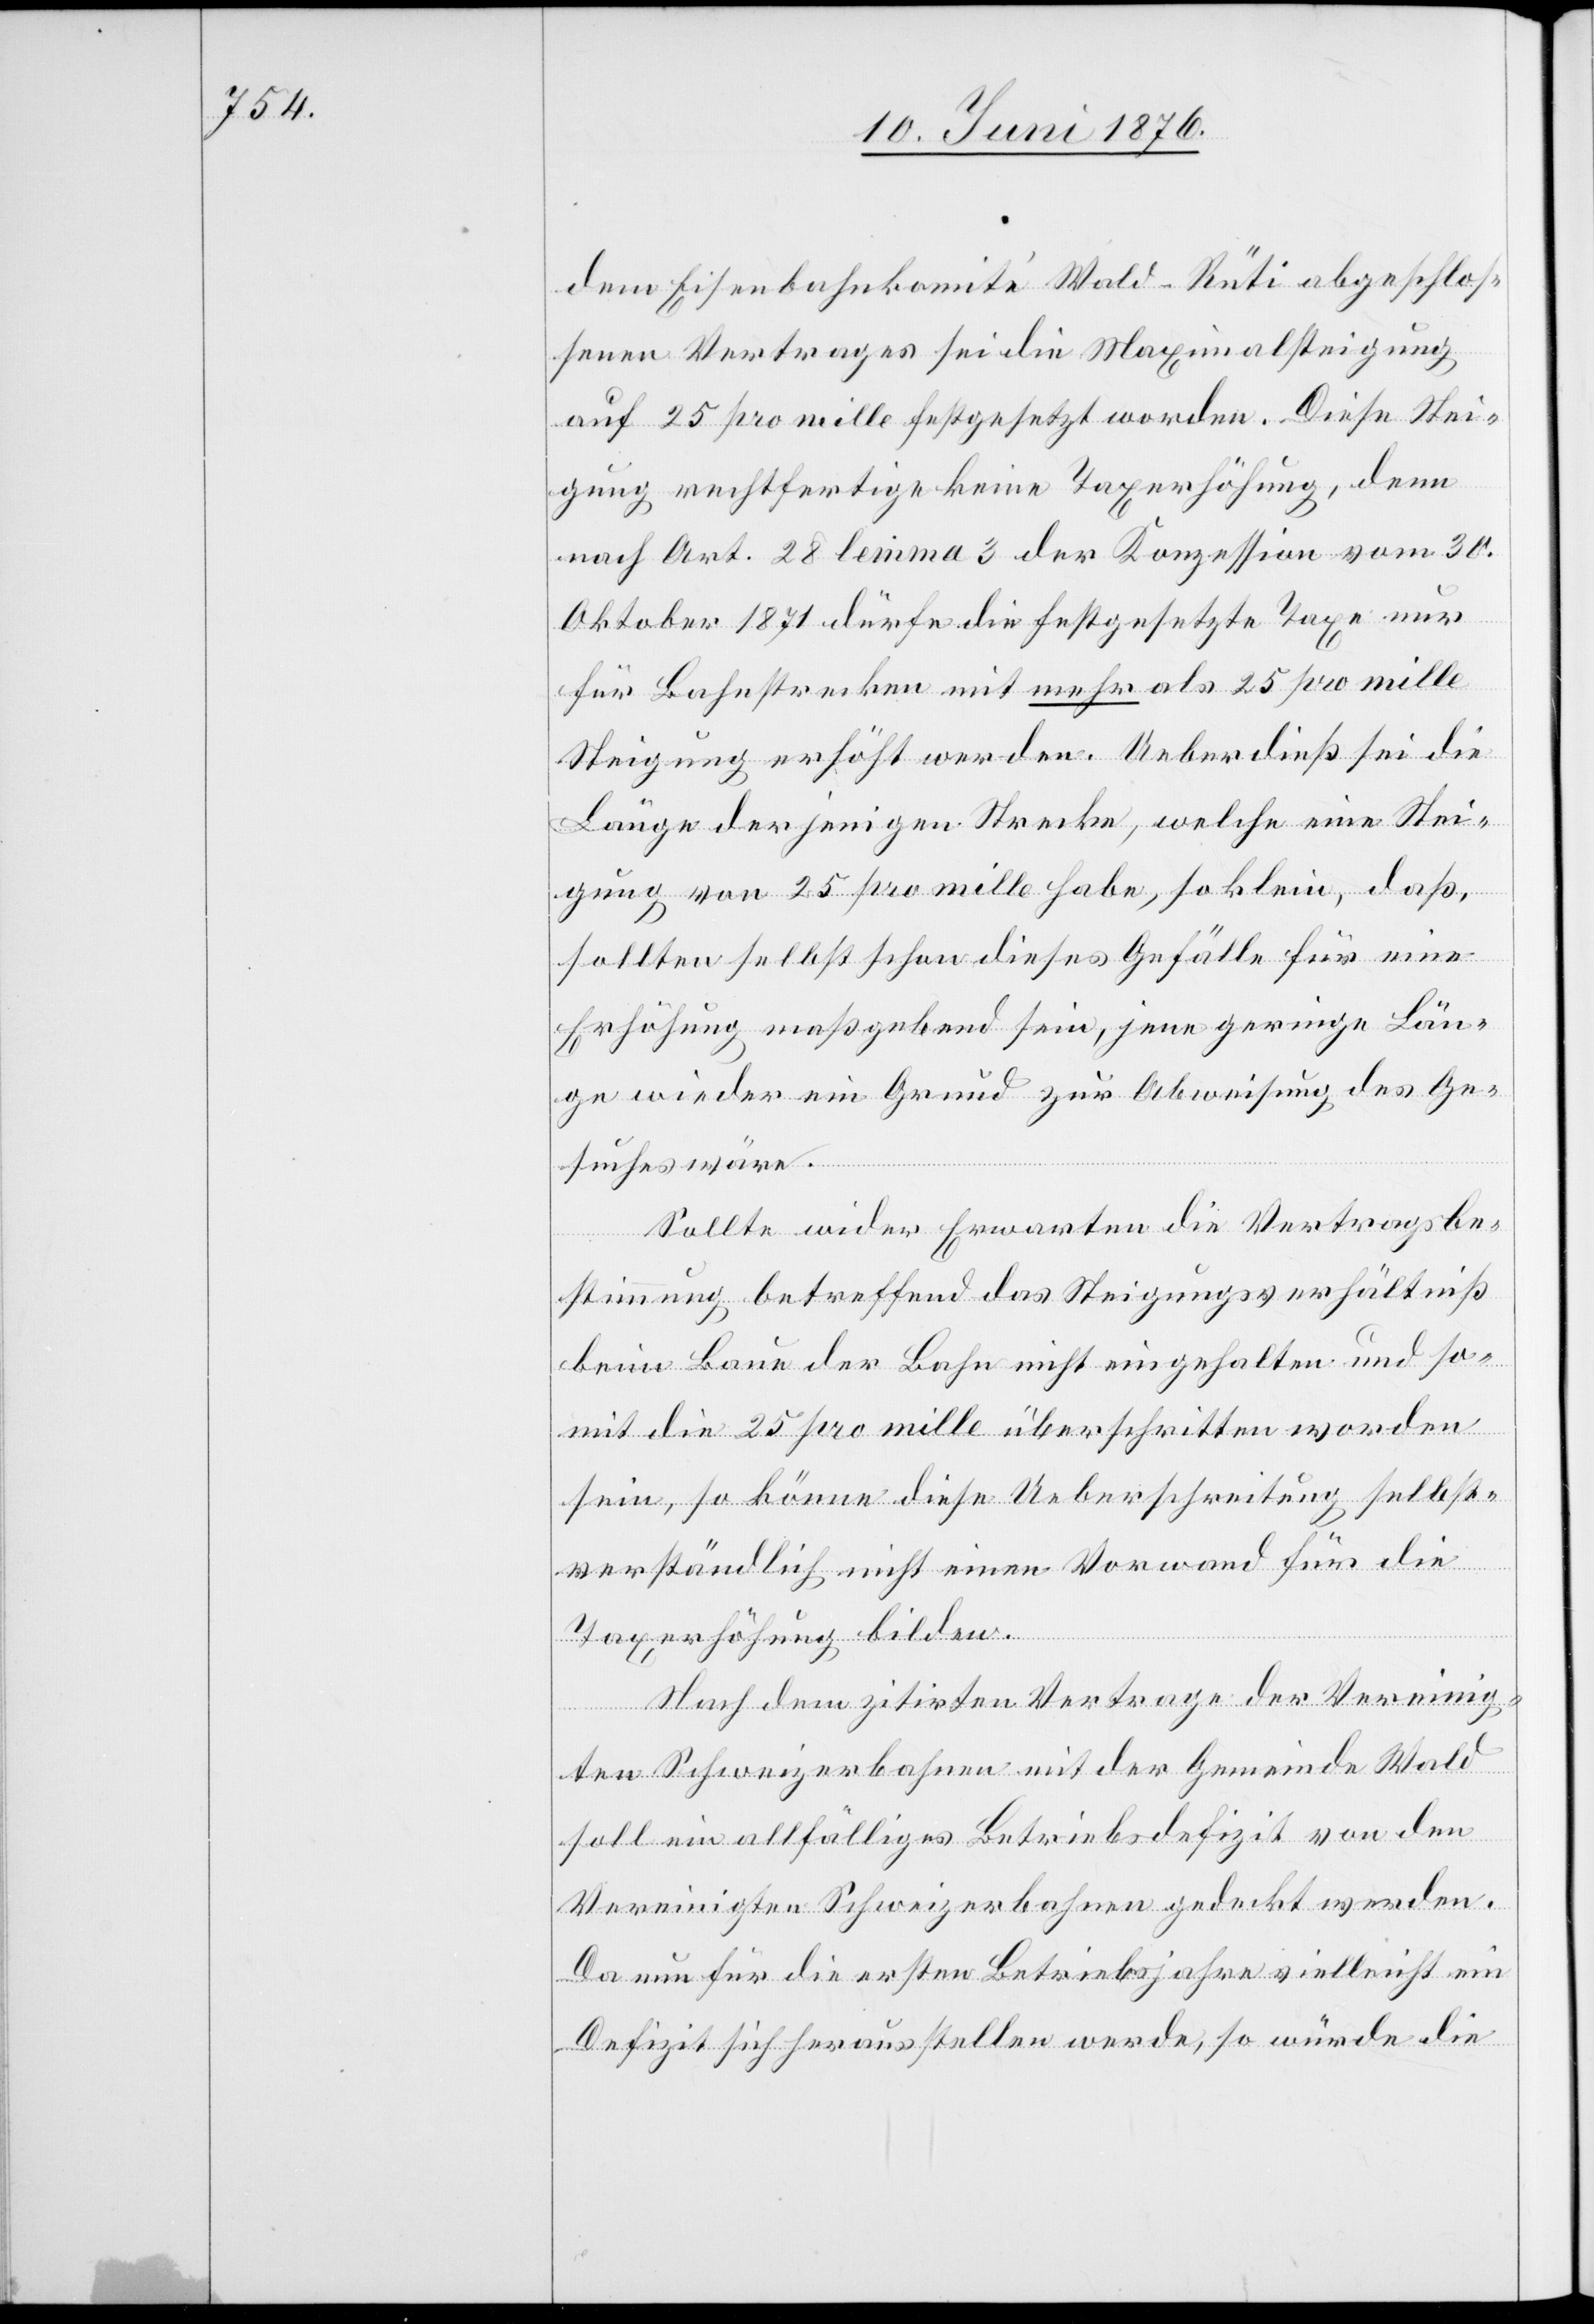
dem Eisenbahnkomité Wald–Rüti abgeschlos¬
senen Vertrages sei die Maximalsteigung
auf 25 pro mille festgesetzt worden. Diese Stei¬
gung rechtfertige keine Taxerhöhung, denn
nach Art. 28 lemma 3 der Konzession vom 30.
Oktober 1871 dürfe die festgesetzte Taxe nur
für Bahnstrecken mit mehr als 25 pro mille
Steigung erhöht werden. Ueberdieß sei die
Länge derjenigen Strecke, welche eine Stei¬
gung von 25 pro mille habe, so klein, daß,
sollten selbst schon dieses Gefälle [sic!] für eine
Erhöhung maßgebend sein, jene geringe Län¬
ge wieder ein Grund zur Abweisung des Ge¬
suches wäre.
Sollte wider Erwarten die Vertragsbe¬
stimmung betreffend das Steigungsverhältniß
beim Baue der Bahn nicht eingehalten und so¬
mit die 25 pro mille überschritten worden
sein, so könne diese Ueberschreitung selbst¬
verständlich nicht einen Vorwand für die
Taxerhöhung bilden.
Nach dem zitirten Vertrage der Vereinig¬
ten Schweizerbahnen mit der Gemeinde Wald
soll ein allfälliges Betriebsdefizit von den
Vereinigten Schweizerbahnen gedeckt werden.
Da nun für die ersten Betriebsjahre vielleicht ein
Defizit sich herausstellen werde, so würde die